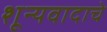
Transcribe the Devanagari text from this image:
शून्यवादाचे